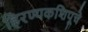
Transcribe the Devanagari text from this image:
हिरण्यकशिपूचे